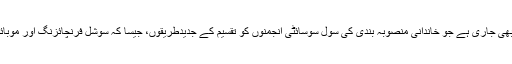
مزید برآں ایک منصوبہ بھی جاری ہے جو خاندانی منصوبہ بندی کی سول سوسائٹی انجمنوں کو تقسیم کے جدیدطریقوں، جیسا کہ سوشل فرنچائزنگ اور موبائل کلینک میں مدد دے گا۔